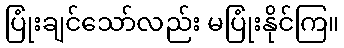
ပြုံးချင်သော်လည်း မပြုံးနိုင်ကြ။